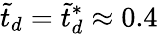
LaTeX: \tilde{t}_{d}=\tilde{t}_{d}^{*}\approx 0.4